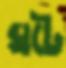
ঘটে